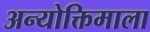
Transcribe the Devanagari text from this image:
अन्योक्तिमाला